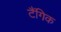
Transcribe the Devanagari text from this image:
टैंगिक